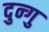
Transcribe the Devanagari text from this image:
दुन्गु